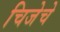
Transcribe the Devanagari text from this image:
चिजेचे